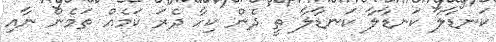
ކަނޑާލާ ކަނޑާލާ ކަނޑާލާ ތީ ދެން ކިހާ ދެރަ ކަމެއް ތަމެން ނާއި